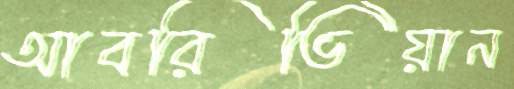
আবরিভিয়ান